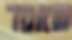
שאמר